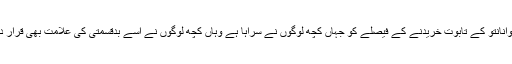
زودوا وانانتو کے تابوت خریدنے کے فیصلے کو جہاں کچھ لوگوں نے سراہا ہے وہاں کچھ لوگوں نے اسے بدقسمتی کی علامت بھی قرار دیا ہے۔